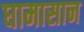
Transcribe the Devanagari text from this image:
घामासान